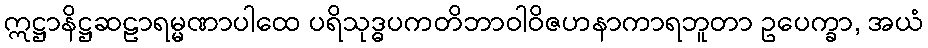
ဣဋ္ဌာနိဋ္ဌဆဠာရမ္မဏာပါထေ ပရိသုဒ္ဓပကတိဘာဝါဝိဇဟနာကာရဘူတာ ဥပေက္ခာ, အယံ